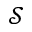
\mathcal { S }